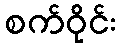
စက်ဝိုင်း